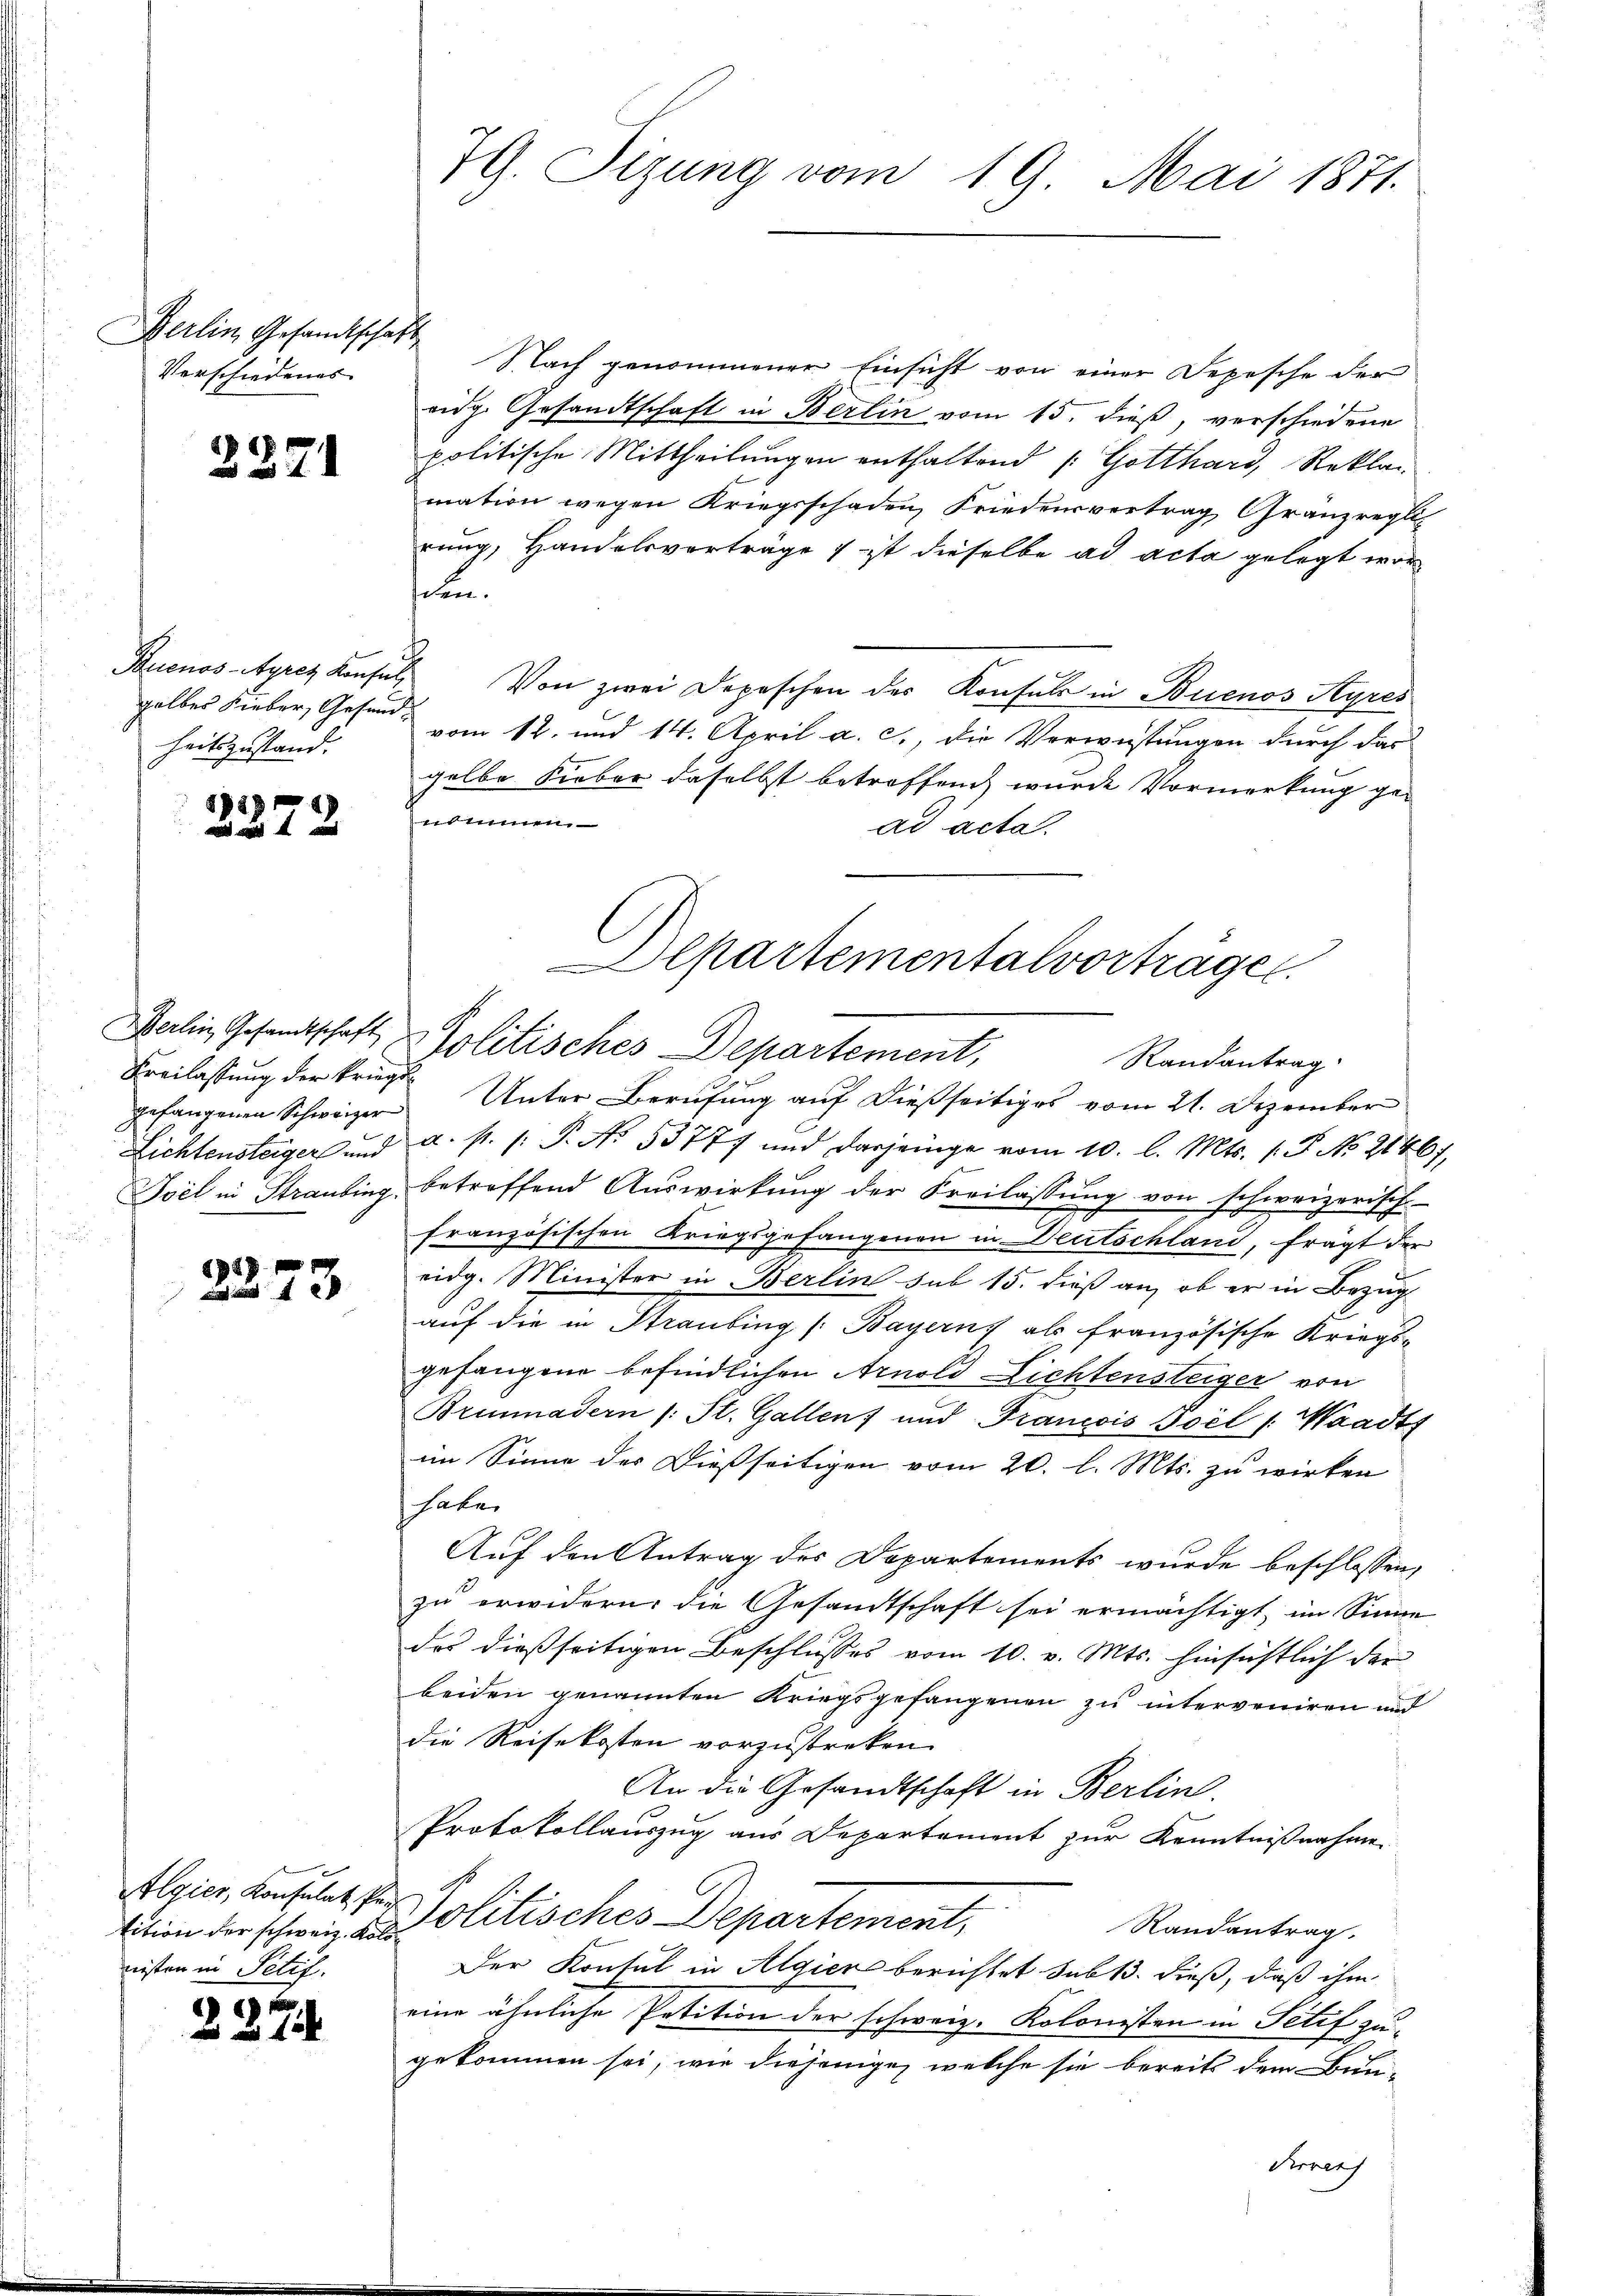
Berlin Gesandtschaft
Verschiedenes

Buenos-Ayres Konsul,
gelbes Lieber, Gesandheitszustand.

22.

2371

3272

Freilassung der Kriegs

Algier, Konsulat, Pan
nisten in Petif.

2

i

Nach genommener Einsicht von einer Depesche der
eidg. Gesandtschaft in Berlin vom 15. dieß, verschiedene
politische Mittheilungen enthaltend /: Gotthard, Reklan
mation wegen Kriegsschaden, Friedensvertrag Gränzregli
rung, Handelsverträge 1 ist dieselbe ad acta gelegt worsen.
Von zwei Depeschen der Konsuls in Buenos Ayres
vom 12. und 14. April a. c., die Verwüstungen durch das
gelbe Sieber daselbst betroffend wurde Vormerkung geennen.
ad acta.
gefangenen Schweizer Unter Berufung auf dießseitiges vom 21. Dezember
Lichtensteiger und a. p. (: P. No. 53777 und dasjenige vom 10. l. Mts. 1. P. No. 21467,
Poil in Stranding, betreffend Auswirkung der Freilassung von schweizerisch
französischen Kriegsgefangenen in Deutschland, frägt der
eidg. Minister in Berlin sub 15. dieß an, ob er in Bezug
auf die in Straubing (Bayern) als französische Kriegs-
gefangene befindlichen Arnold Lichtensteiger von
Brunnadern (: St. Gallen und Francois Poil /: Waadts
im Sinne des Dießseitigen vom 20. l. Mts. zu wirken
habe.
Auf den Antrag des Departements wurde beschlossen,
zu erwidern, die Gesandtschaft sei ermächtigt, im Sinne
das dießseitigen Beschlusses vom 10. v. Mts. hinsichtlich der
beiden genannten Kriegsgefangenen zu interveniren und
die Reisekosten vorzustreken
An die Gesandtschaft in Berlin.
Protokollauszug aus Departement zur Kenntnißnahme
tition der schweiz aus olitisches Departement,
Randantrag.
Der Konsul in Algier berichtet sub 13. dieß, daß ihm
eine ähnliche Petition der schweiz. Kolonisten in Petif zu-
gekommen sei, wie diejenige, welche sie bereits dem Bun-
Krrers

7G. Tizung vom 19. Mai 1871.

lpartementalvorträge.
Balin Gesandtschaft Politisches Departement,
Randantrag